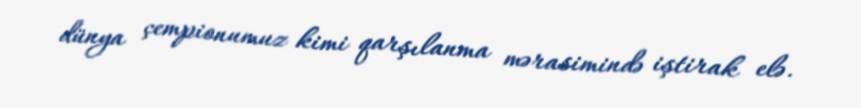
dünya çempionumuz kimi qarşılanma mərasimində iştirak elə.